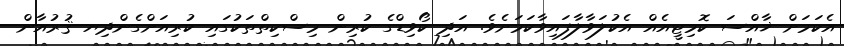
އެކަމަށް ޚާއްސަ ކޮމިޓީއެއް އެކުލަވާލާފައިވާކަމަށެވެ. އަދި ކޯވިޑްގެ ކުރިން މިސްކިތްތަކުގައި ކުރިއަށްގެންދިޔ ޤުރުއާން